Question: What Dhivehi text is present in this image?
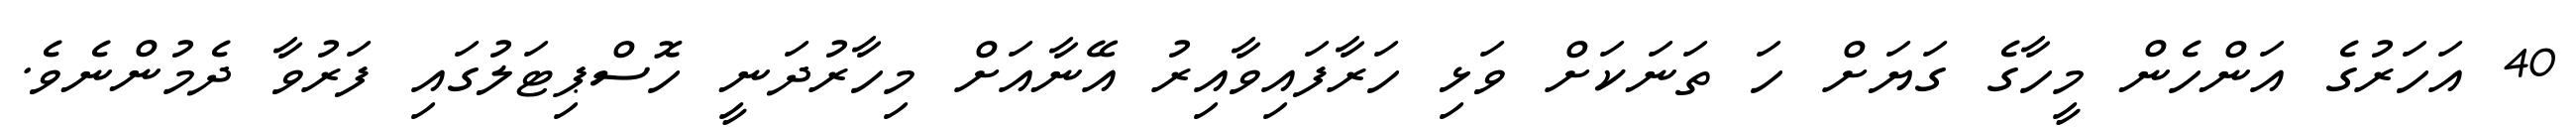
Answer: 40 އަހަރުގެ އަންހެން މީހާގެ ގަޔަށް ހަ ތަނަކަށް ވަޅި ހަރާފައިވާއިރު އޭނާއަށް މިހާރުދަނީ ހޮސްޕިޓަލުގައި ފަރުވާ ދެމުންނެވެ.